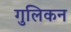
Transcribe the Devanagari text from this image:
गुलिकन